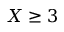
X \geq 3